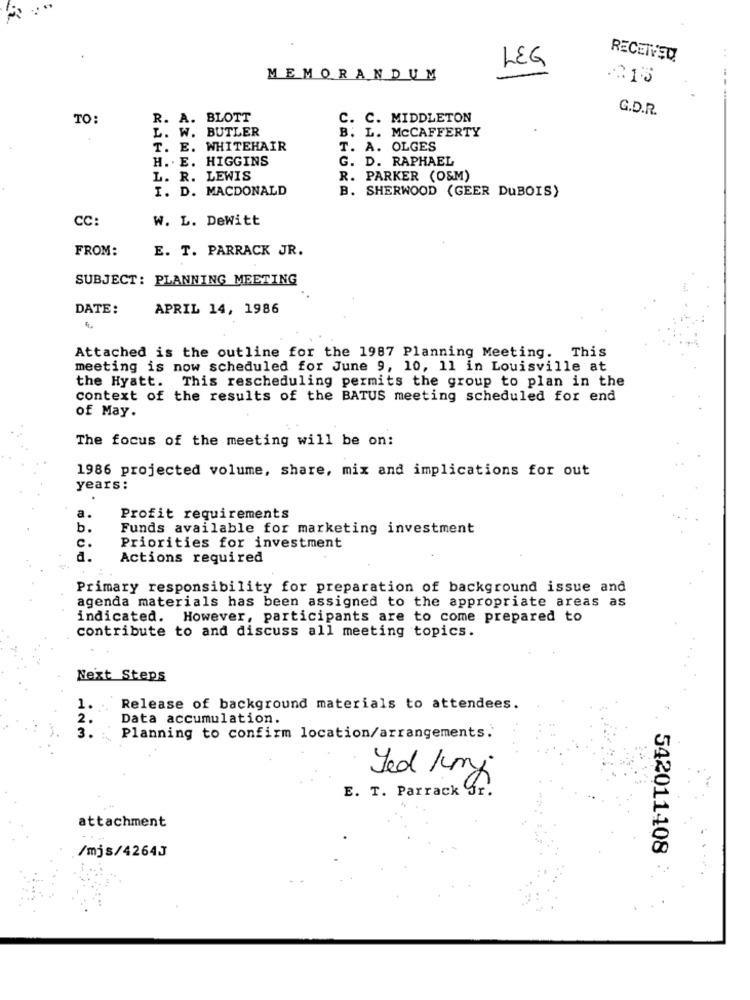
RECEIVED
LEG
MEMORANDUM
G.D.R.
TO:
R. A. BLOTT
C. C. MIDDLETON
L. W. BUTLER
B. L. MCCAFFERTY
T. E. WHITEHAIR
T. A. OLGES
H. . E. HIGGINS
G. D. RAPHAEL
L. R. LEWIS
R. PARKER (O&M)
I. D. MACDONALD
B. SHERWOOD (GEER DuBOIS)
CC:
W. L. DeWitt
FROM:
E. T. PARRACK JR.
SUBJECT: PLANNING MEETING
DATE:
APRIL 14, 1986
Attached is the outline for the 1987 Planning Meeting. This
meeting is now scheduled for June 9, 10, 11 in Louisville at
the Hyatt. This rescheduling permits the group to plan in the
context of the results of the BATUS meeting scheduled for end
of May.
The focus of the meeting will be on:
1986 projected volume, share, mix and implications for out
years:
a.
Profit requirements
b.
Funds available for marketing investment
c.
Priorities for investment
₫.
Actions required
Primary responsibility for preparation of background issue and
agenda materials has been assigned to the appropriate areas as
indicated. However, participants are to come prepared to
contribute to and discuss all meeting topics.
Next Steps
1.
Release of background materials to attendees.
2.
Data accumulation.
Planning to confirm location/arrangements.
Yed /my
E. T. Parrack Jr.
attachment
/mjs/4264J
542011408